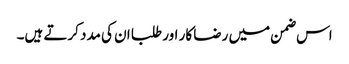
اس ضمن میں رضا کار اور طلبا ان کی مدد کرتے ہیں۔